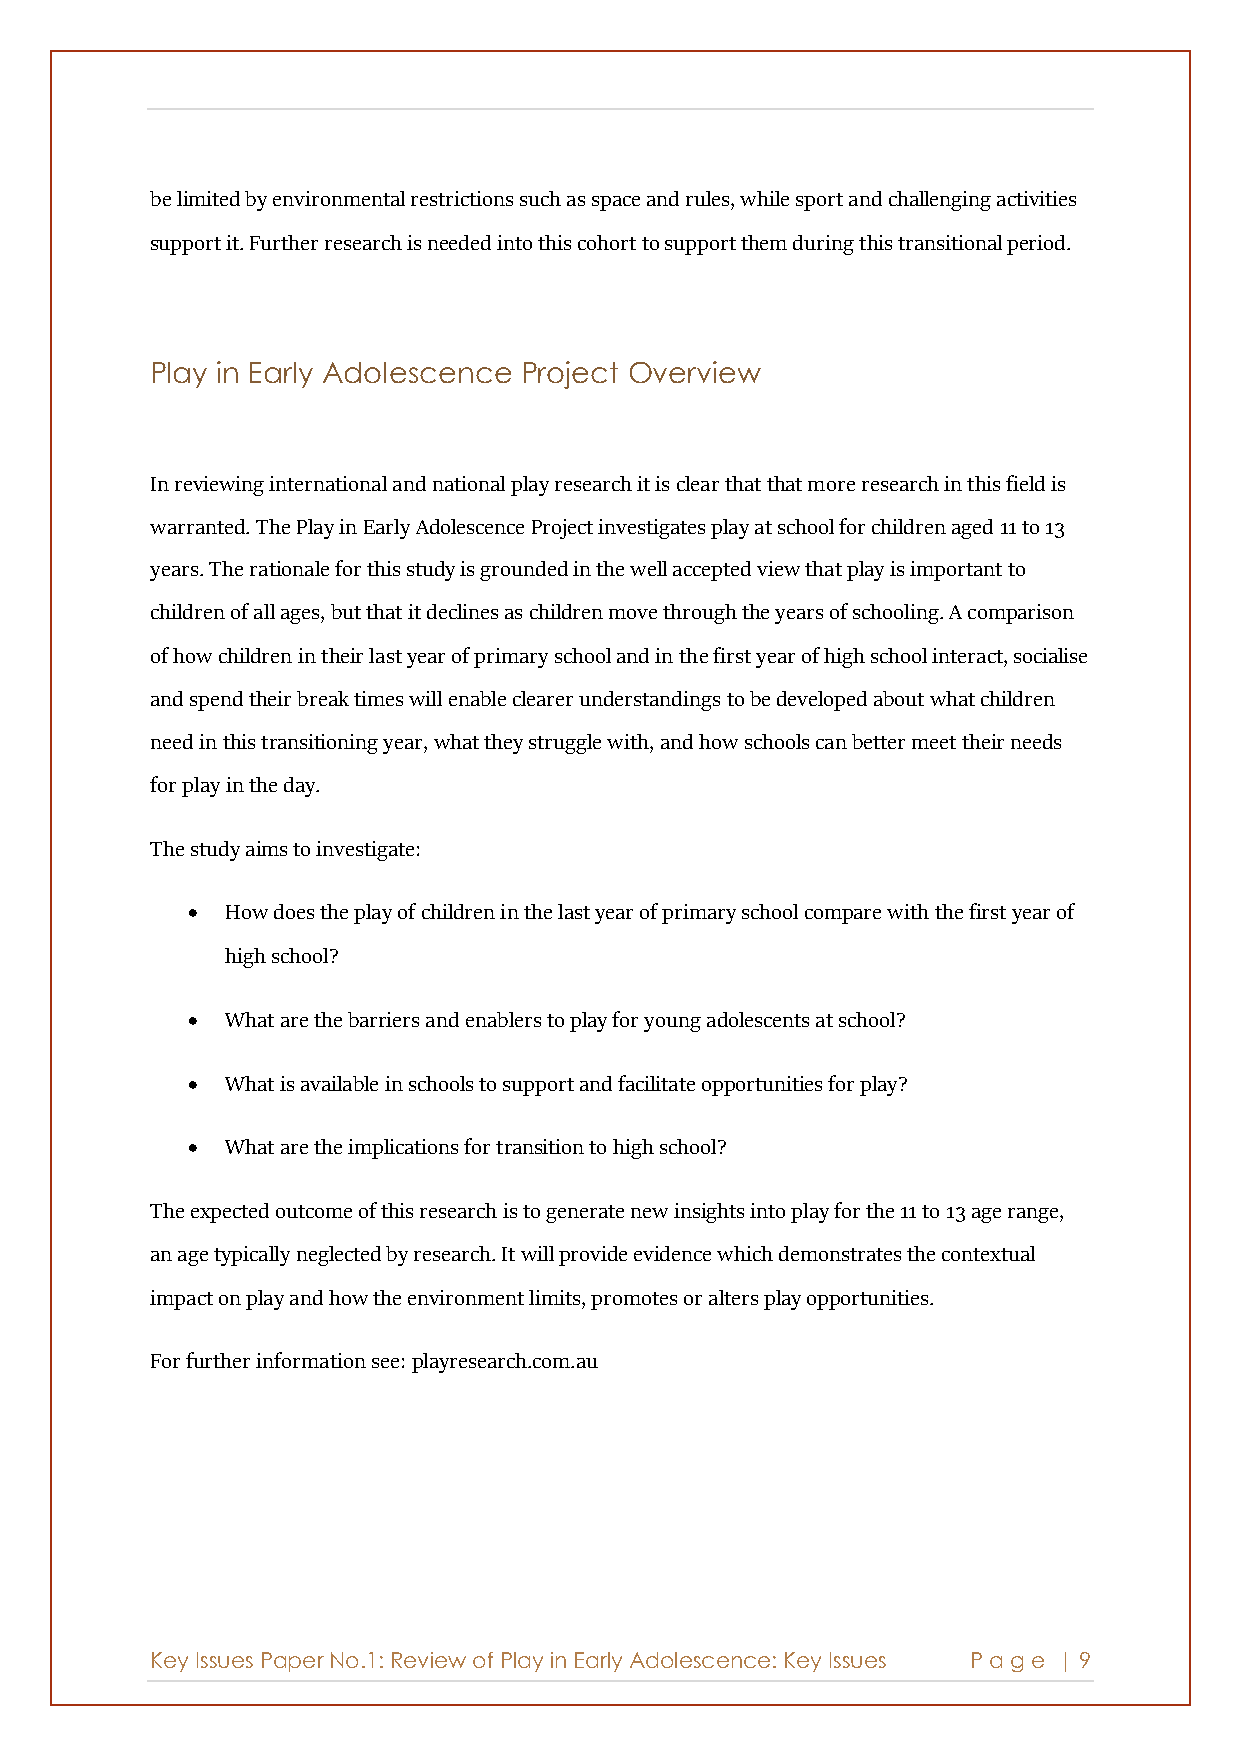
be limited by environmental restrictions such as space and rules, while sport and challenging activities
 support it. Further research is needed into this cohort to support them during this transitional period.
 Play in Early Adolescence Project Overview
 In reviewing international and national play research it is clear that that more research in this field is
 warranted. The Play in Early Adolescence Project investigates play at school for children aged 11 to 13
 years. The rationale for this study is grounded in the well accepted view that play is important to
 children of all ages, but that it declines as children move through the years of schooling. A comparison
 of how children in their last year of primary school and in the first year of high school interact, socialise
 and spend their break times will enable clearer understandings to be developed about what children
 need in this transitioning year, what they struggle with, and how schools can better meet their needs
 for play in the day.
 The study aims to investigate:
 •  How does the play of children in the last year of primary school compare with the first year of
 high school?
 •  What are the barriers and enablers to play for young adolescents at school?
 •  What is available in schools to support and facilitate opportunities for play?
 •  What are the implications for transition to high school?
 The expected outcome of this research is to generate new insights into play for the 11 to 13 age range,
 an age typically neglected by research. It will provide evidence which demonstrates the contextual
 impact on play and how the environment limits, promotes or alters play opportunities.
 For further information see: playresearch.com.au
 Key Issues Paper No.1: Review of Play in Early Adolescence: Key Issues P age | 9